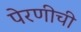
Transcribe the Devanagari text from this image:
पेरणीची